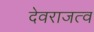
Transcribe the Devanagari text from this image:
देवराजत्व